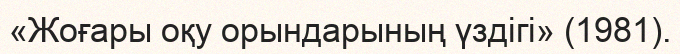
«Жоғары оқу орындарының үздігі» (1981).